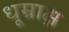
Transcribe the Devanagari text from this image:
धूम्राक्ष